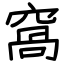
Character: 窩